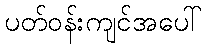
ပတ်ဝန်းကျင်အပေါ်